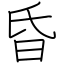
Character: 昏